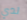
لدي